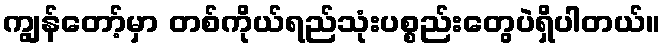
ကျွန်တော့်မှာ တစ်ကိုယ်ရည်သုံးပစ္စည်းတွေပဲရှိပါတယ်။